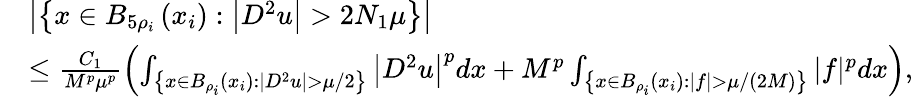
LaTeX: \begin{array}{rl}&{\left|\left\{ x\in B_{5\rho_{i}}\left(x_{i}\right):\left|D^{2}u\right|>2N_{1}\mu\right\} \right|}\\ &{\leq\frac{C_{1}}{M^{p}\mu^{p}}\left(\int_{\left\{ x\in B_{\rho_{i}}\left(x_{i}\right):\left|D^{2}u\right|>\mu/2\right\} }\left|D^{2}u\right|^{p}dx+M^{p}\int_{\left\{ x\in B_{\rho_{i}}\left(x_{i}\right):|f|>\mu/(2M)\right\} }|f|^{p}dx\right),}\end{array}